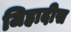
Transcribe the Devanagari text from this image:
जिहादीस